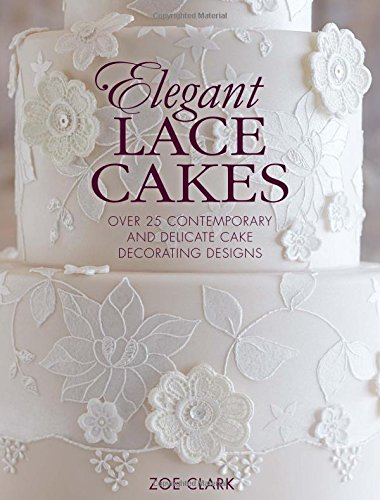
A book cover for Elegant Lace Cakes: Over 25 Contemporary and Delicate Cake Decorating Designs; Crafts, Hobbies & Home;